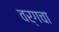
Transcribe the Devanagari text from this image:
वर्गचा